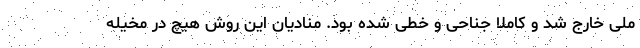
ملی خارج شد و کاملا جناحی و خطی شده بود. منادیان این روش هیچ در مخیله